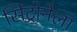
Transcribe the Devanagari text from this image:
सिट्रोनेला